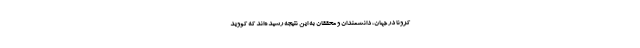
کرونا در جهان، دانشمندان و محققان به این نتیجه رسیده‌اند که کووید